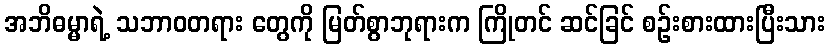
အဘိဓမ္မာရဲ့ သဘာဝတရား တွေကို မြတ်စွာဘုရားက ကြိုတင် ဆင်ခြင် စဉ်းစားထားပြီးသား